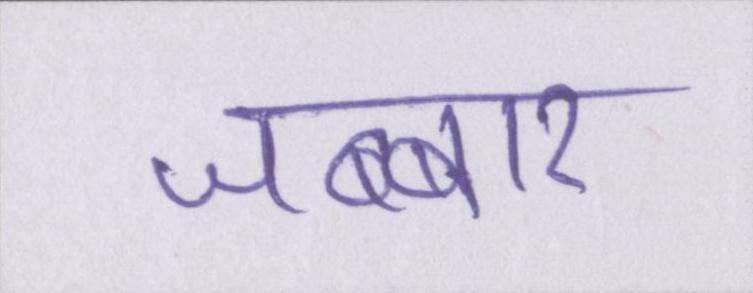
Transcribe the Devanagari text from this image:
जब्बार